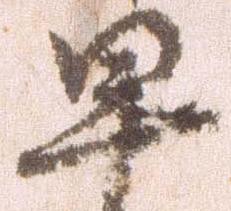
早